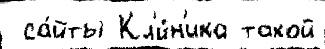
 са́йты Кл'и́н'ика такой